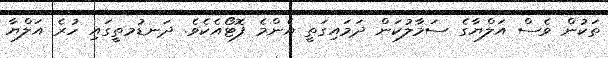
ތަކުން ވެސް އަލްޔާގެ ސަމާލުކަން ދަމައިގަތީ އެންމެ ފޮޓޯއެކެވެ. ދަނޑުމތީގައި ހުރެ އަލްޔާ